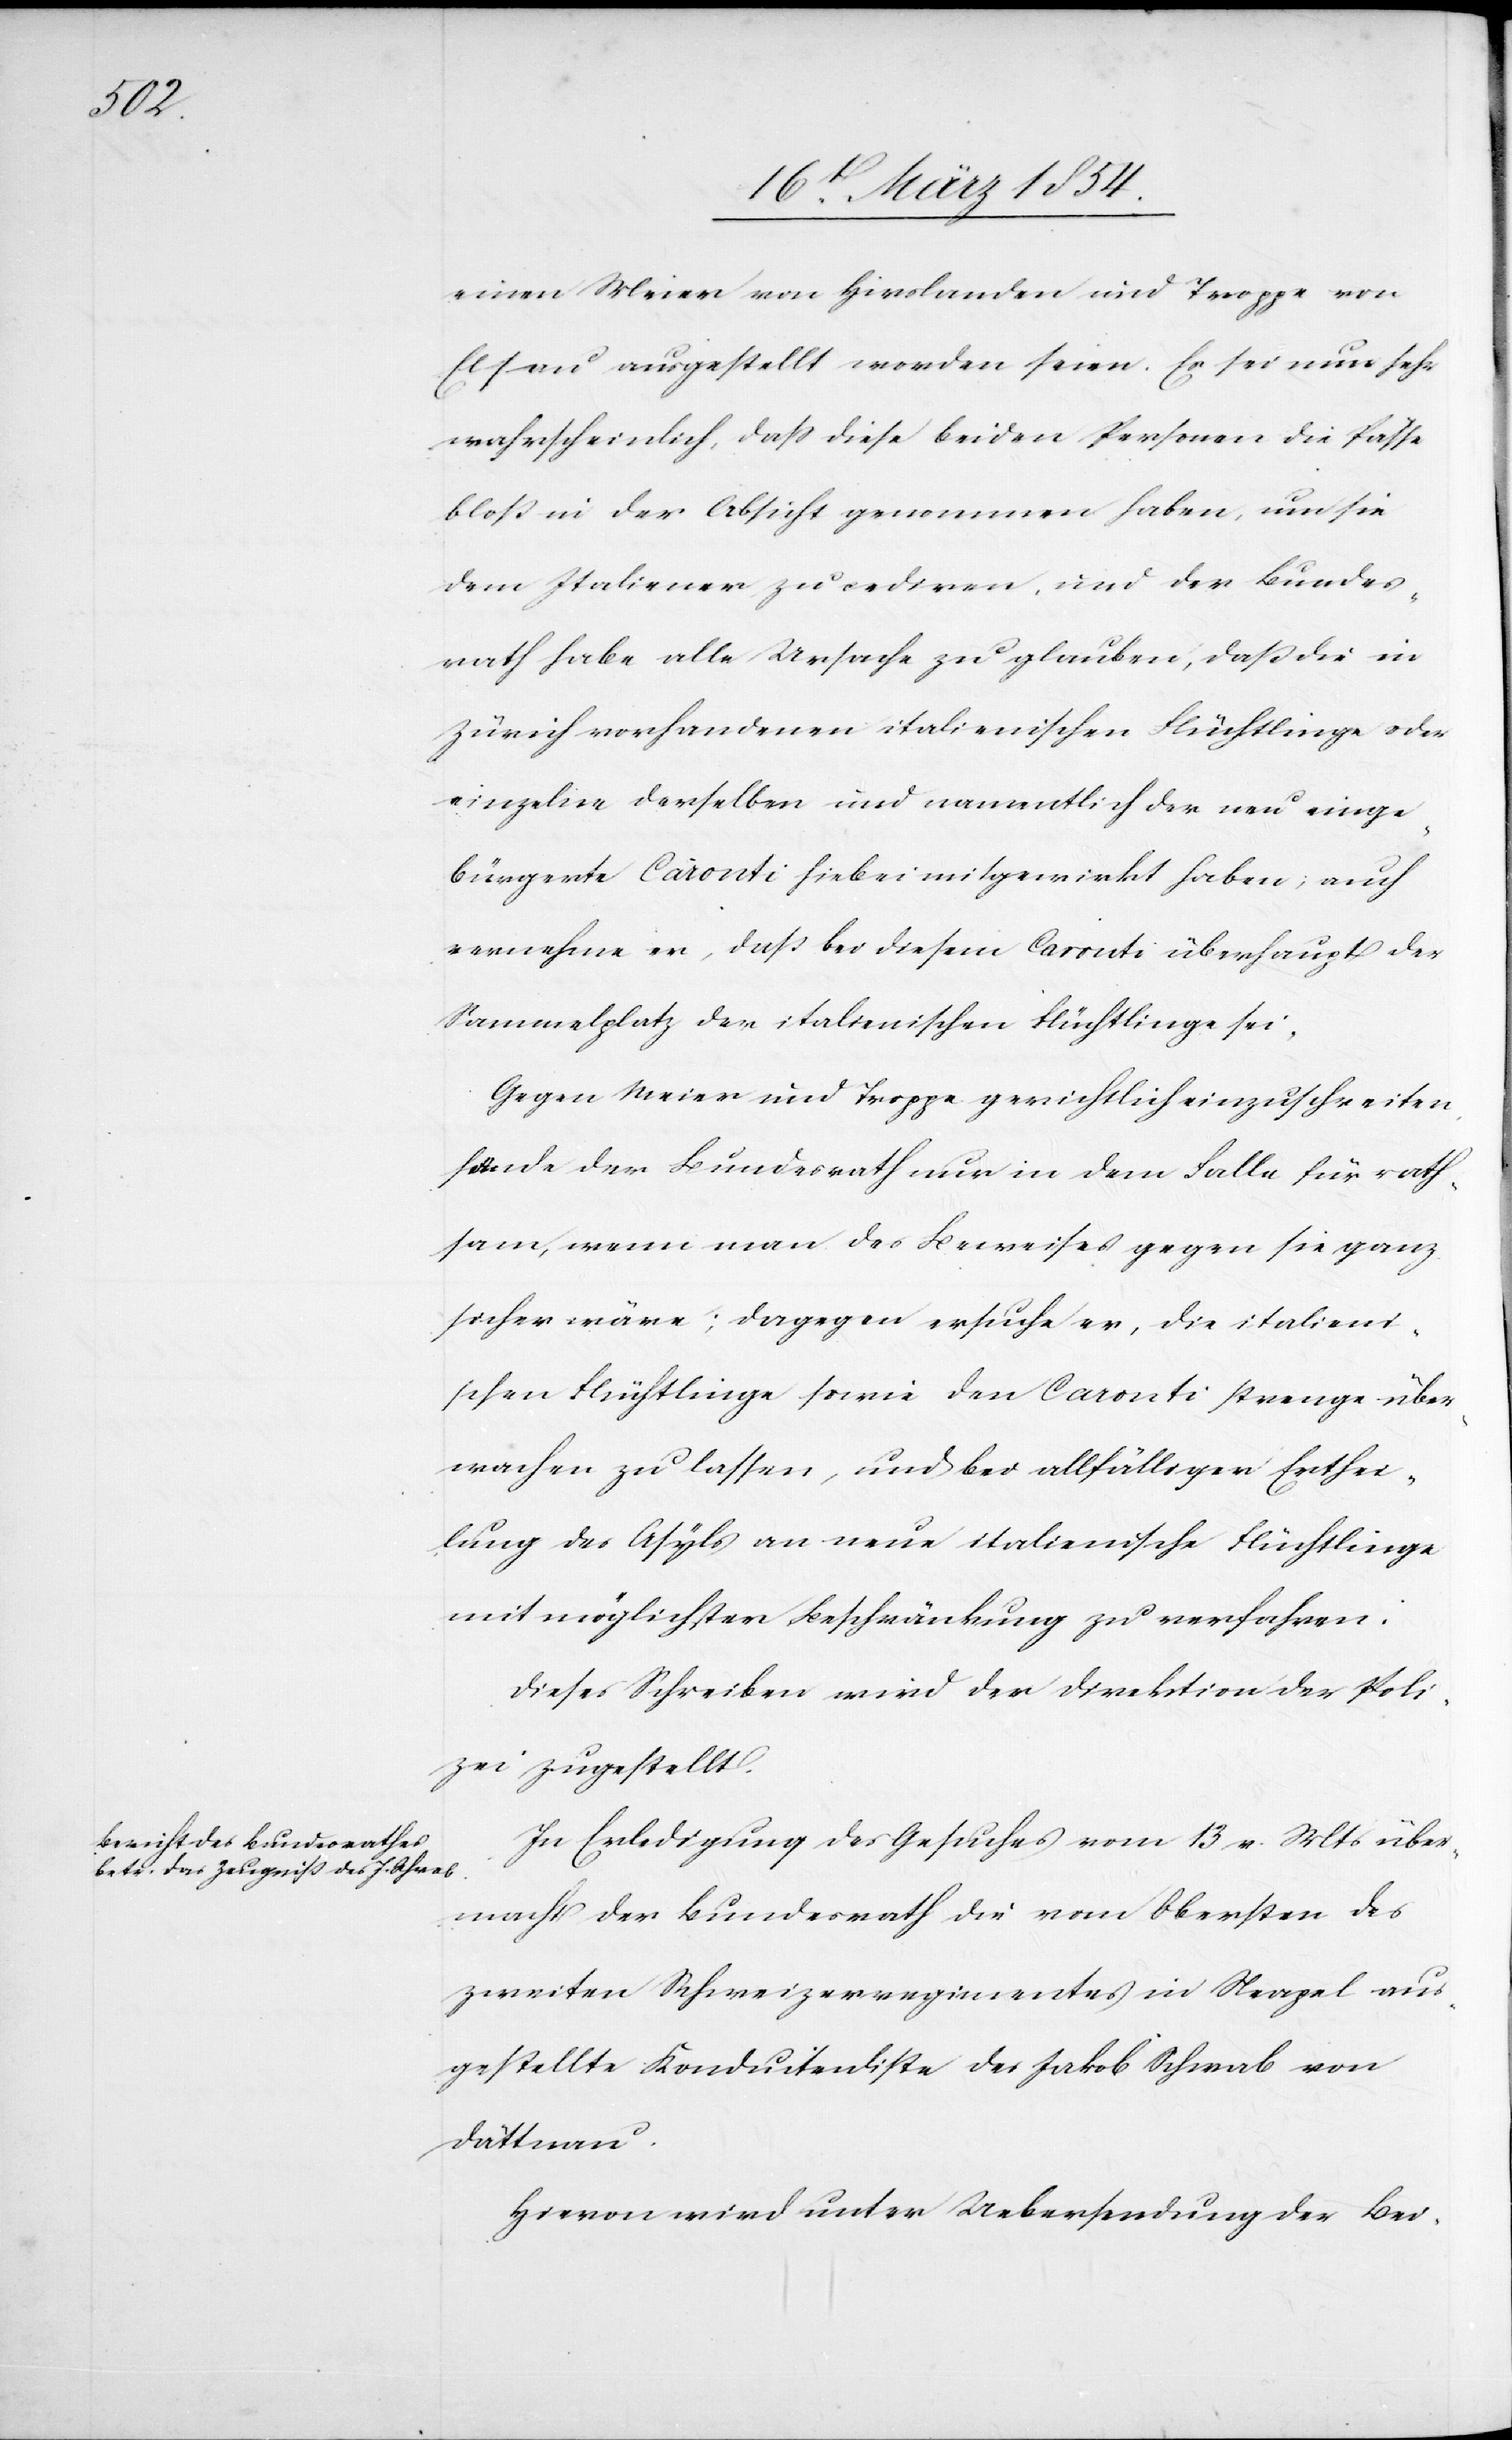
eine Meier von Hirslanden und Troppe von
Elsau ausgestellt worden seien. Es sei nun sehr
wahrscheinlich, daß diese beiden Personen die Pässe
bloß mit der Absicht genommen haben, um sie
dem Italiener zu cediren, und der Bundes¬
rath habe alle Ursache zu glauben, daß die in
Zürich vorhandenen italienischen Flüchtlinge oder
einzelne derselben und namentlich der neu einge¬
bürgerte Caronti hiebei mitgewirkt haben; auch
vernehme er, daß bei diesem Caronti überhaupt der
Sammelplatz der italienischen Flüchtlinge sei.
Gegen Meier und Troppe gerichtlich einzuschreiten,
fände der Bundesrath nur in dem Falle für rath¬
sam, wenn man des Beweises gegen sie ganz
sicher wäre; dagegen ersuche er, die italieni¬
schen Flüchtlinge sowie den Caronti strenge über¬
wachen zu lassen, und bei allfälliger Erthei¬
lung des Asyls an neue italienische Flüchtlinge
mit möglichster Beschränkung zu verfahren.
Dieses Schreiben wird der Direktion der Poli¬
zei zugestellt.
In Erledigung des Gesuches vom 13 v. Mts über¬
macht der Bundesrath die vom Obersten des
zweiten Schweizerregimentes in Neapel aus¬
gestellte Konduitenliste des Jakob Schwab von
Dättnau.
Hievon wird unter Uebersendung der Bei-